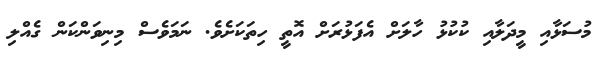
މުސަޅާއި މީދަލާއި ކުކުޅު ހާލަށް އެފަޅުރަށް އޮތީ ހިތަކަށެވެ. ނަމަވެސް މިނިވަންކަން ގެއްލި